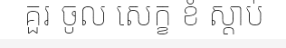
គួរ ចូល សេក្ខ ខំ ស្តាប់